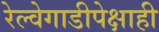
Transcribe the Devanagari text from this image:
रेल्वेगाडीपेक्षाही